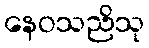
နေဝသညိသု